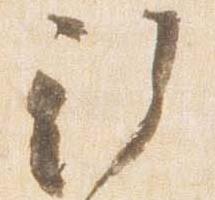
行